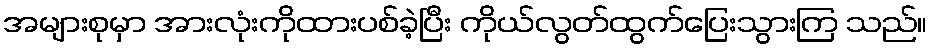
အများစုမှာ အားလုံးကိုထားပစ်ခဲ့ပြီး ကိုယ်လွတ်ထွက်ပြေးသွားကြ သည်။